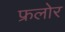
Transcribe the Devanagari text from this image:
फ्रलोर